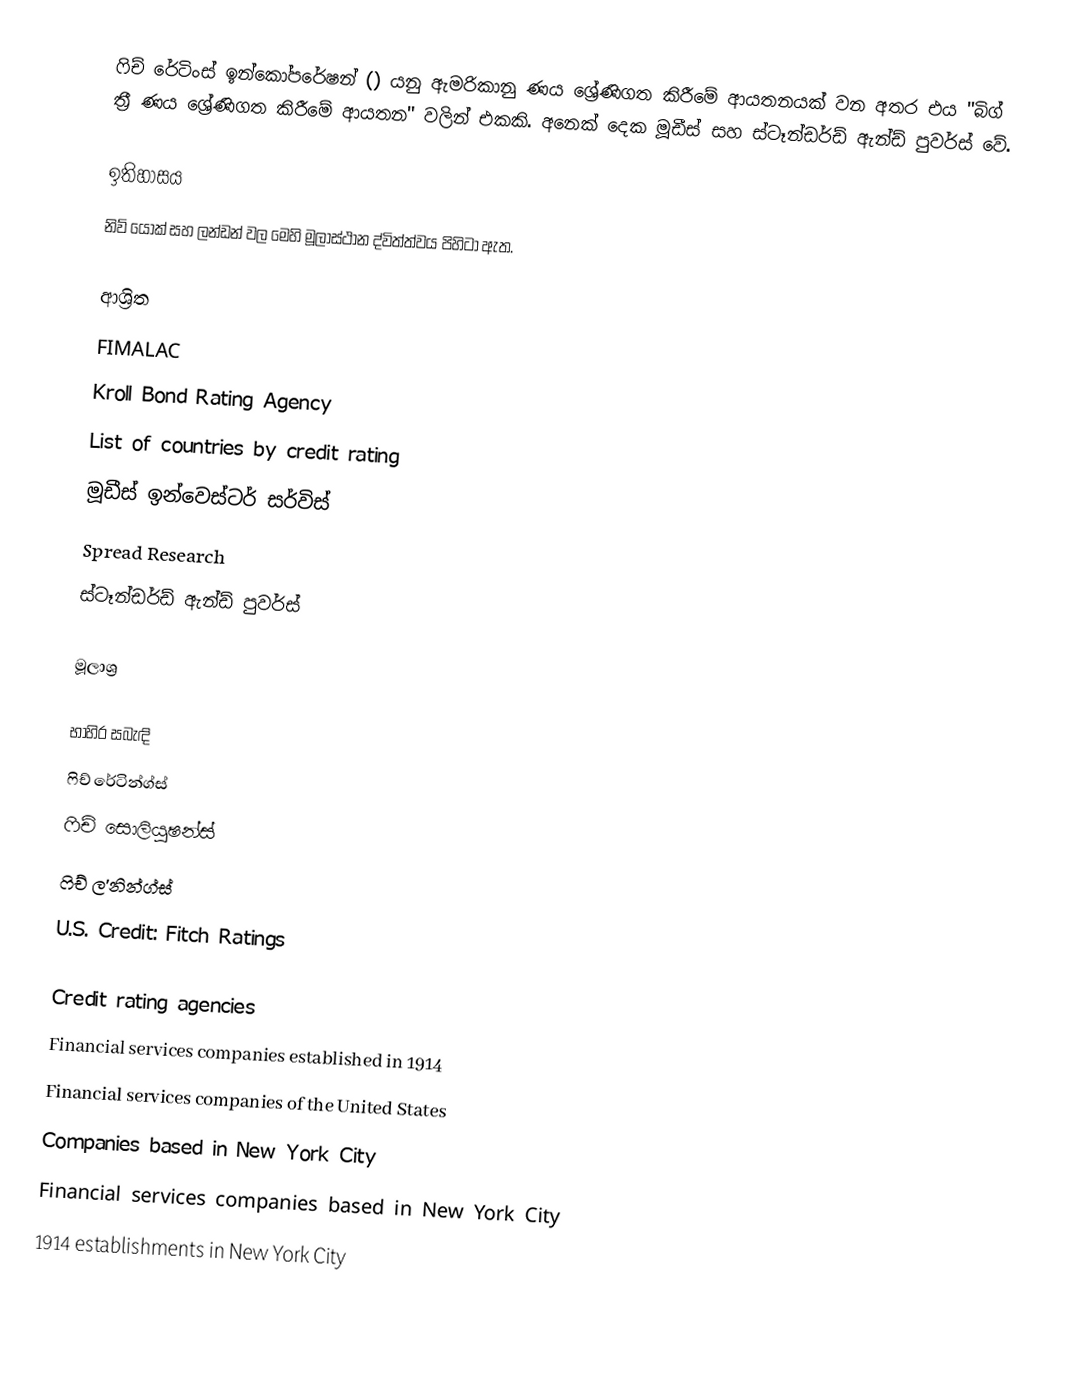
ෆිච් රේටිංස් ඉන්කෝපරේෂන් () යනු ඇමරිකානු ණය ශ්‍රේණිගත කිරීමේ ආයතනයක් වන අතර එය "බිග් ත්‍රී ණය ශ්‍රේණිගත කිරීමේ ආයතන" වලින් එකකි. අනෙක් දෙක මූඩීස් සහ ස්ටෑන්ඩර්ඩ් ඇන්ඩ් පුවර්ස් වේ.

ඉතිහාසය
නිව් යෝක් සහ ලන්ඩන් වල මෙහි මූලාස්ථාන ද්විත්ත්වය පිහිටා ඇත.

ආශ්‍රිත
 FIMALAC
 Kroll Bond Rating Agency
 List of countries by credit rating
 මූඩීස් ඉන්වෙස්ටර් සර්විස්
 Spread Research
 ස්ටෑන්ඩර්ඩ් ඇන්ඩ් පුවර්ස්

මූලාශ්‍ර

භාහිර සබැඳි
 ෆිච් රේටින්ග්ස්
 ෆිච් සොලියුෂන්ස්
 ෆිච් ල'නින්ග්ස්
 U.S. Credit: Fitch Ratings

Credit rating agencies
Financial services companies established in 1914
Financial services companies of the United States
Companies based in New York City
Financial services companies based in New York City
1914 establishments in New York City